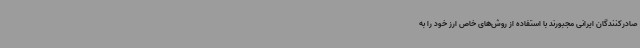
صادرکنندگان ایرانی مجبورند با استفاده از روش‌های خاص ارز خود را به